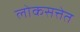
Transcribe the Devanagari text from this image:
लोकसत्तेत